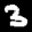
Label: 3